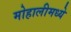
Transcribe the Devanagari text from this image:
मोहालीमध्ये